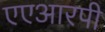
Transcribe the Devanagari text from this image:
एएआरपी